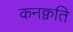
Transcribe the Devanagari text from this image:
कनक्वति